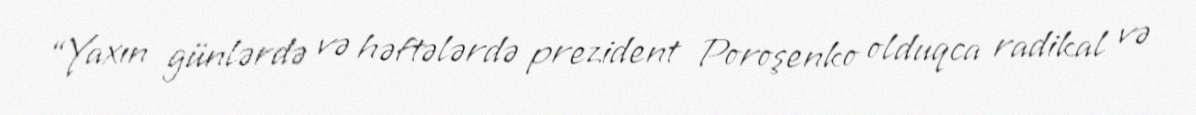
“Yaxın günlərdə və həftələrdə prezident Poroşenko olduqca radikal və